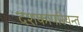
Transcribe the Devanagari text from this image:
दशकापरियन्त